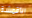
الأقمشة